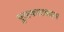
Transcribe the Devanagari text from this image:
पुरस्काराबद्दल